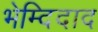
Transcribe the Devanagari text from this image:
भेम्दिदाद